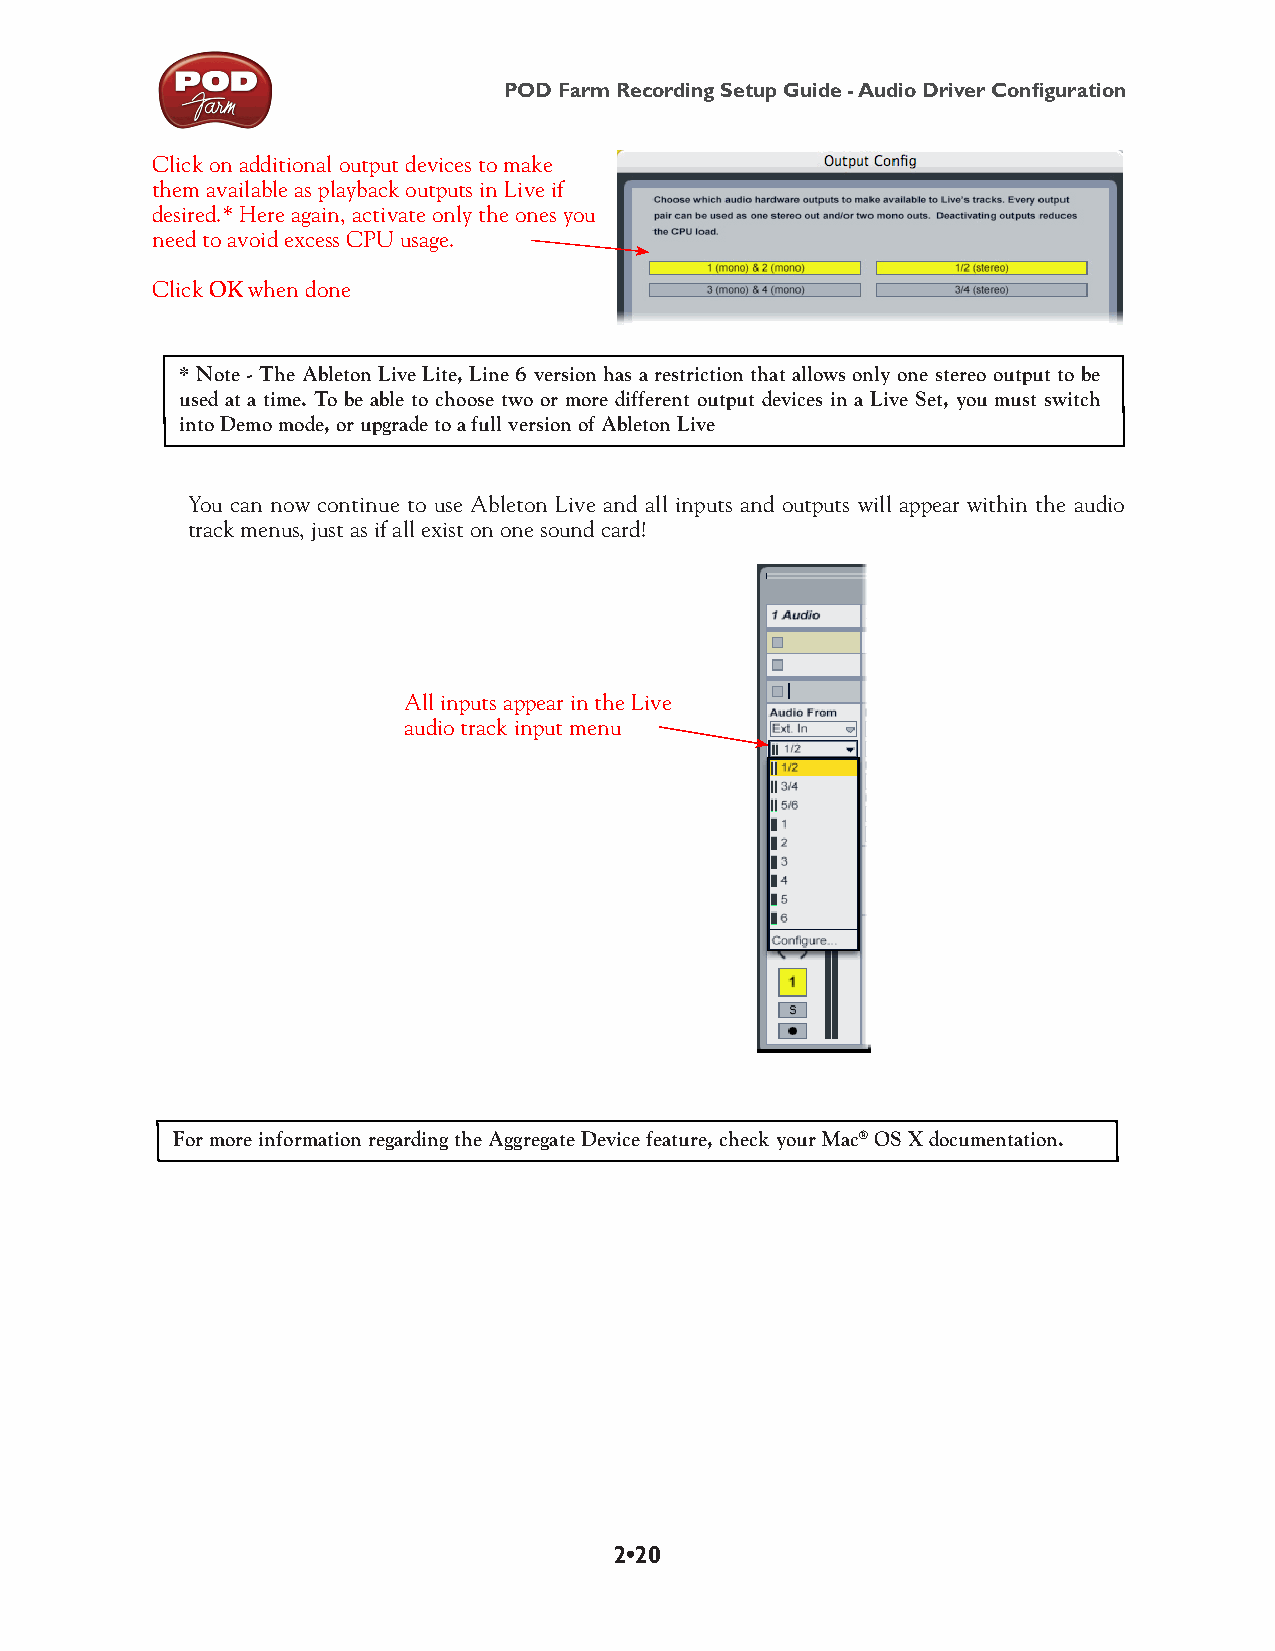
POD Farm Recording Setup Guide - Audio Driver Configuration
 Click on additional output devices to make
 them available as playback outputs in Live if
 desired.* Here again, activate only the ones you
 need to avoid excess CPU usage.
 Click OK when done
 * Note - The Ableton Live Lite, Line 6 version has a restriction that allows only one stereo output to be
 used at a time. To be able to choose two or more different output devices in a Live Set, you must switch
 into Demo mode, or upgrade to a full version of Ableton Live
 You can now continue to use Ableton Live and all inputs and outputs will appear within the audio
 track menus, just as if all exist on one sound card!
 All inputs appear in the Live
 audio track input menu
 For more information regarding the Aggregate Device feature, check your Mac® OS X documentation.
 2•20